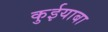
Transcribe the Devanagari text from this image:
कुईयाबा